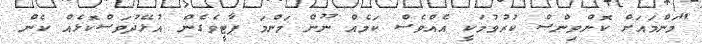
"މަންމައަށް ކޮންވިންސް ކުރުވުމަކީ އެއްވެސް ކަމެއް ނޫން މަންމަ ޕާޓީވެގެން އުޅޭދުވަސްކޮޅެއް ކެން